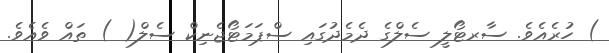
) ހުރެއެވެ. ސާރޓޯލީ ސެލްގެ ދެމެދުގައި ސްޕަމަޓޯޖެނިކް ސެލް( ) ތައް ވެއެވެ.